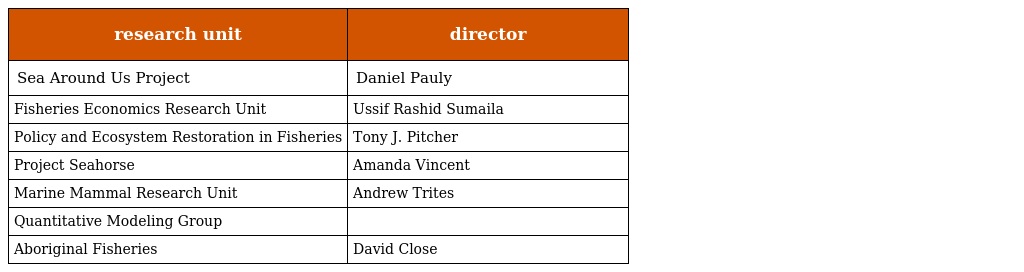
| research unit | director |
 | --- | --- |
 | Sea Around Us Project | Daniel Pauly |
 | Fisheries Economics Research Unit | Ussif Rashid Sumaila |
 | Policy and Ecosystem Restoration in Fisheries | Tony J. Pitcher |
 | Project Seahorse | Amanda Vincent |
 | Marine Mammal Research Unit | Andrew Trites |
 | Quantitative Modeling Group |  |
 | Aboriginal Fisheries | David Close |